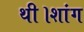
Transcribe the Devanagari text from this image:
थी।शांग